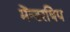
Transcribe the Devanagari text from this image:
मेंन्टरषिप